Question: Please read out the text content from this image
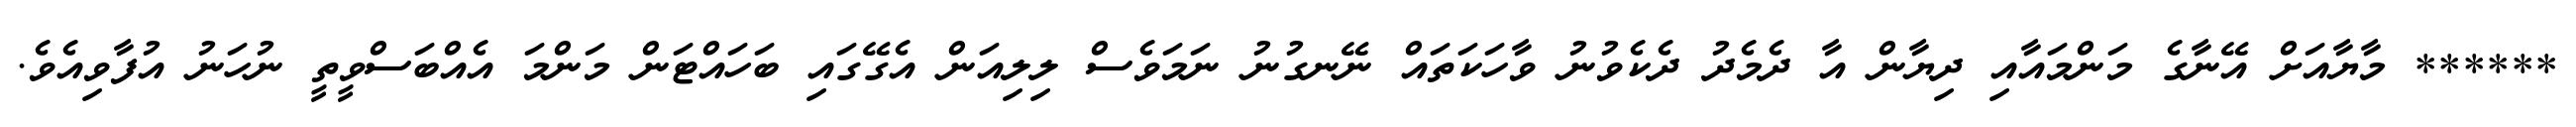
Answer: ****** މާޔާއަށް އޭނާގެ މަންމައާއި ދިޔާން އާ ދެމެދު ދެކެވުނު ވާހަކަތައް ނޭނގުނު ނަމަވެސް ލިލިއަން އެގޭގައި ބަހައްޓަން މަންމަ އެއްބަސްވީތީ ނުހަނު އުފާވިއެވެ.